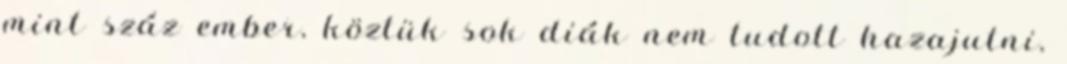
mint száz ember, köztük sok diák nem tudott hazajutni,